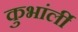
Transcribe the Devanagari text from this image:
कुभांर्ली